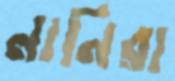
নানিরা